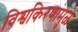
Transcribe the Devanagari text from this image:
विश्वकिरणांमुळे